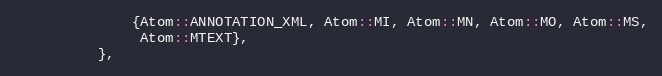
Language: C
              {Atom::ANNOTATION_XML, Atom::MI, Atom::MN, Atom::MO, Atom::MS,
               Atom::MTEXT},
          },